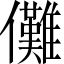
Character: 儺